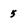
Character: 5